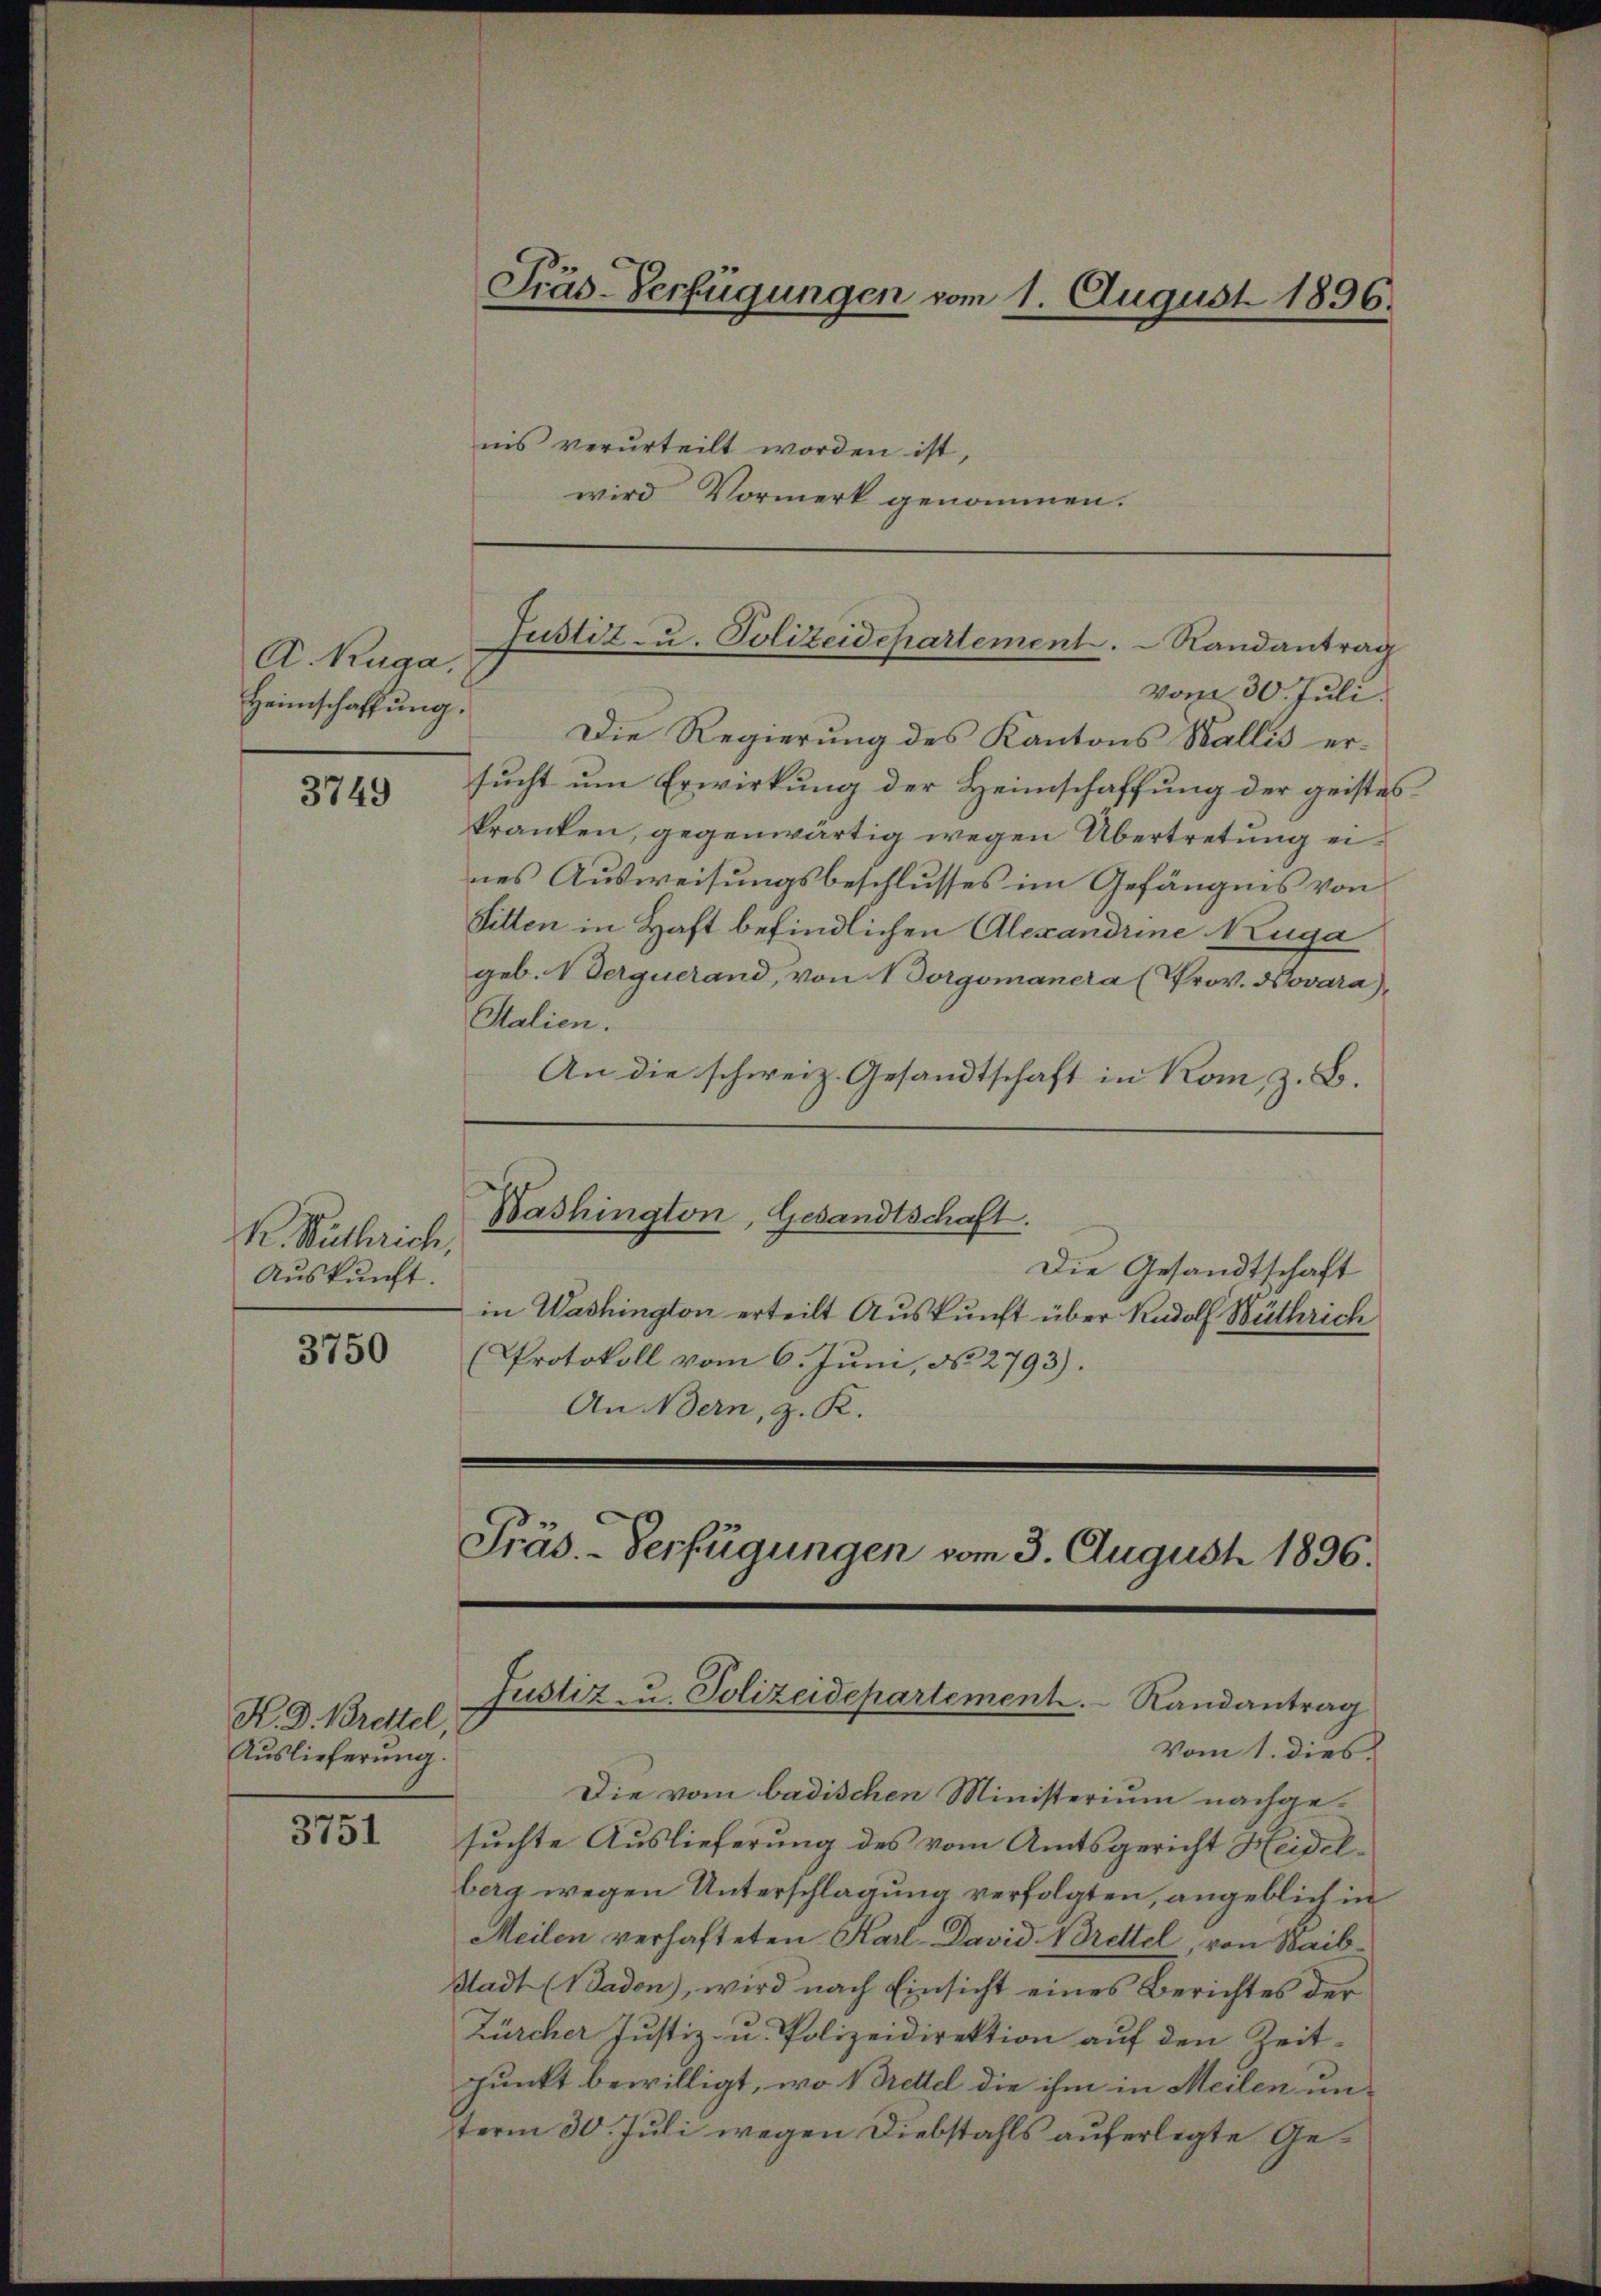
A. Kuga,
Heimschaffung.

3749

K. Ruthrich,
Auskunft.

3750

K. D. Brettel
Auslieferung.

3751

Präs-Verfügungen vom 1. August 1896.

nis verurteilt worden ist,
wird Vormerk genommen.

vom 30. Juli.
Die Regierung des Kantons Wallis ersucht um Erwirkung der Heimschaffung der geisteskranken, gegenwärtig wegen Übertretung eines Ausweisungsbeschlusses im Gefängnis von
Sitten in Haft befindlichen Alexandrine Ruga
geb. 1 erquerand, von 1 Vorgomanera (Prov. Novara),
Stalien.
An die schweiz. Gesandtschaft in Kom, z. B.
Bashington, Gesandtschaft.
Die Gesandtschaft
in Washington erteilt Auskunft über Rudolf Wüthrich
Protokoll vom 6. Juni, No. 2793).
An Bern, z. R.

Justiz- u. Polizeidepartement.   Randantrag

Präs. - Verfügungen vom 3. August 1896.
Justiz zu. Polizeidepartement. Randantrag

Vom 1. dies
Die vom badischen Ministerium nachgesuchte Auslieferung des vom Amtsgericht Heidelberg wegen Unterschlagung verfolgten, angeblich in
Meilen verhafteten Karl David Nrettel, von Waib¬
Stadt (Baden), wird nach Einsicht eines Berichtes der
Zürcher Justiz- u. Polizeidirektion auf den Zeitpunkt bewilligt, wo Vettel die ihm in Meilen unterm 30. Juli wegen Diebstahls auferlegte Ge¬